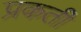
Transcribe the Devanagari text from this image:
प्रकती